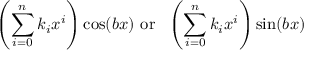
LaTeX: \left( \sum _ { i = 0 } ^ { n } k _ { i } x ^ { i } \right) \cos ( b x ) { \mathrm { ~ o r ~ } } \ \left( \sum _ { i = 0 } ^ { n } k _ { i } x ^ { i } \right) \sin ( b x )